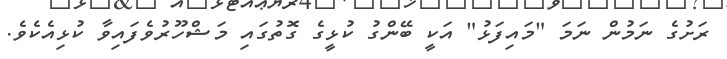
ރަށުގެ ނަމުން ނަމަ "މައިފަޅު" އަކީ ބޭންގު ކުޅީގެ ގޮތުގައި މަޝްހޫރުވެފައިވާ ކުޅިއެކެވެ.